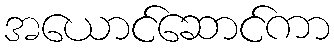
အယောင်ဆောင်ကာ